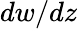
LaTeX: dw/dz